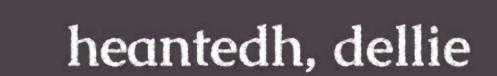
heantedh, dellie